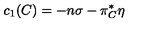
c _ { 1 } ( C ) = - n \sigma - \pi _ { C } ^ { * } \eta